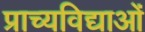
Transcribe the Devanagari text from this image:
प्राच्यविद्याओं